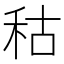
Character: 秙